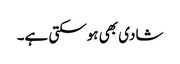
شادی بھی ہوسکتی ہے۔